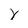
Character: Y